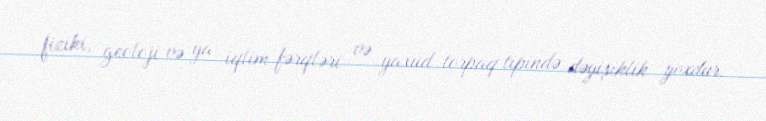
fiziki, geoloji və ya iqlim fərqləri və yaxud torpaq tipində dəyişiklik yoxdur.